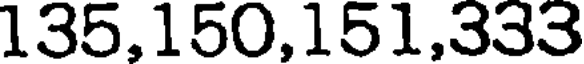
135,150,151,333